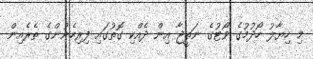
މި ހިޔާލު ހޯދުމުގެ ވޯޓުގެ ނަތީޖާ އިން ދެއްކި ގޮތުގައި ފިރިހެނުންގެ ތެރެއިން